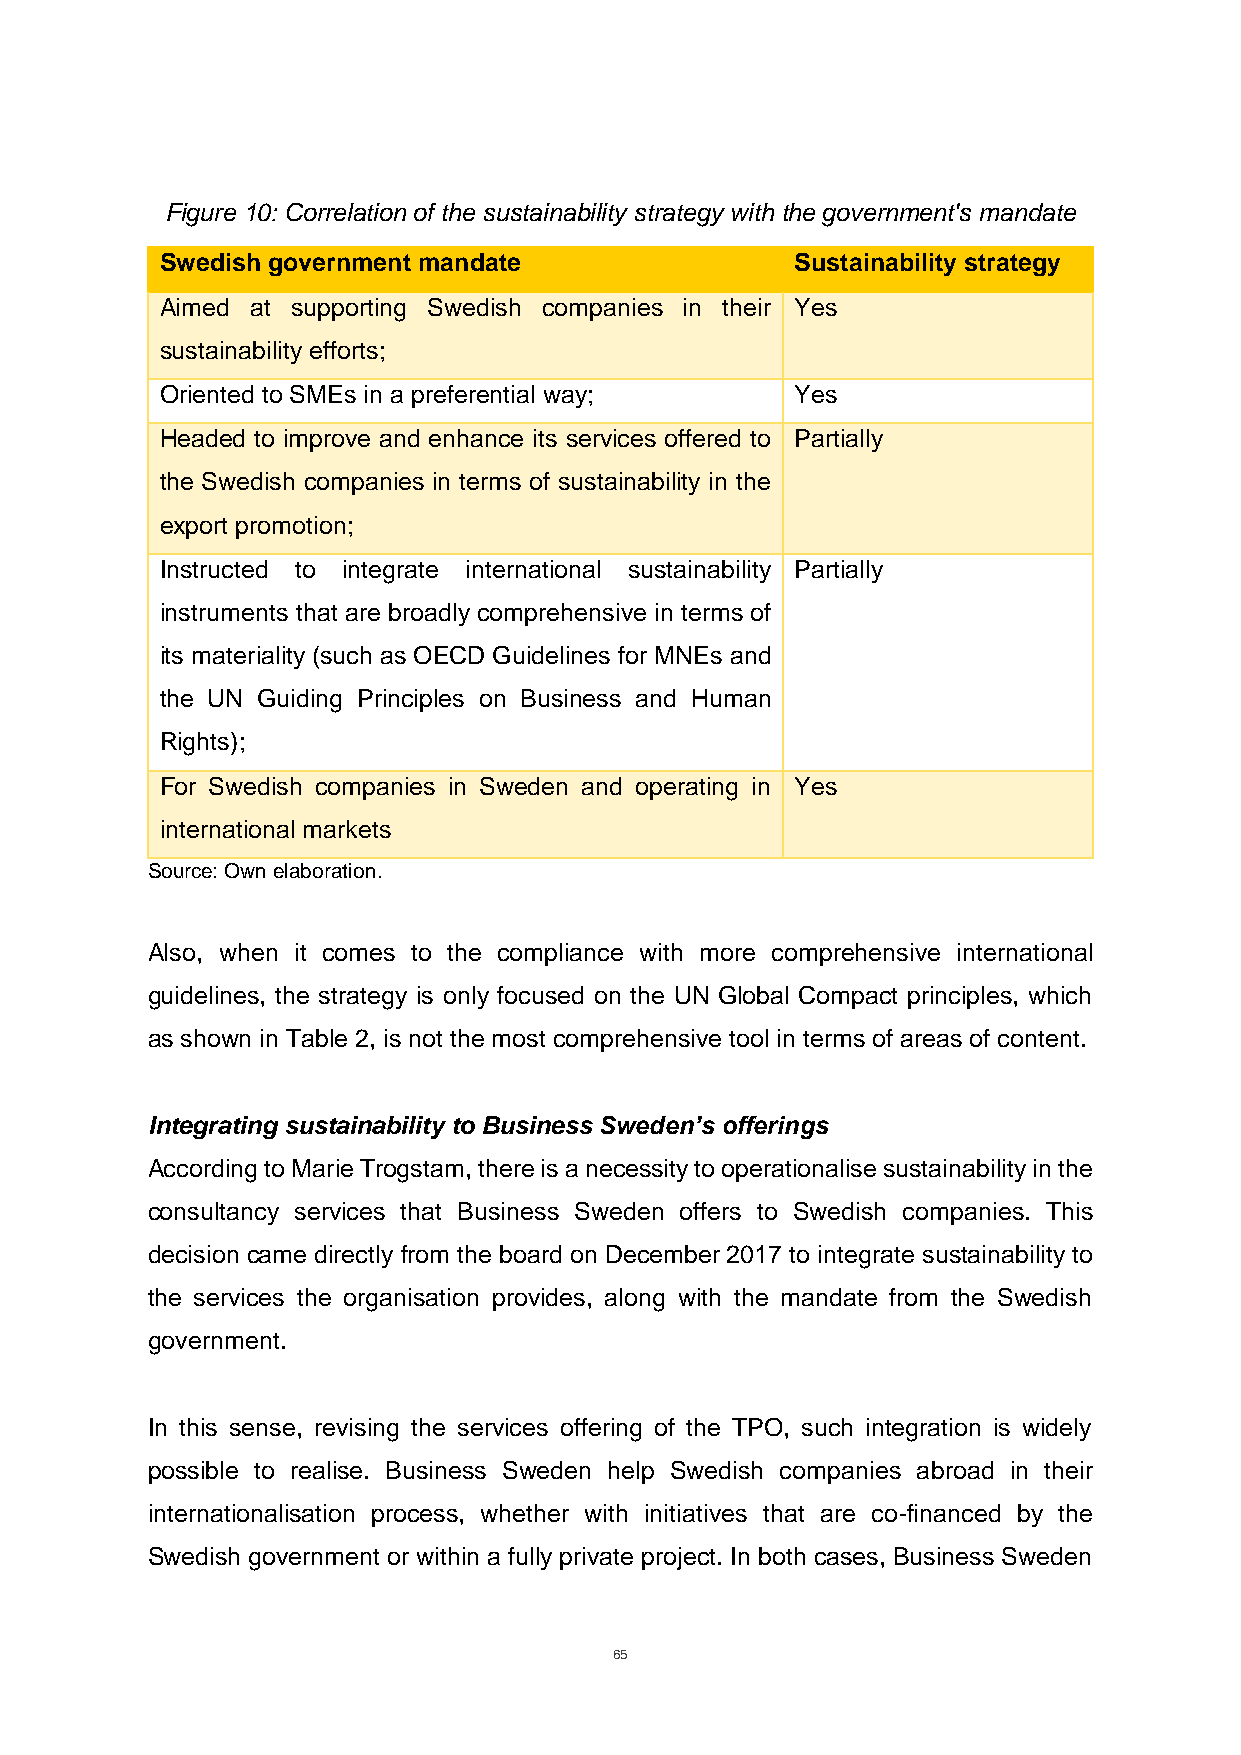
Figure 10: Correlation of the sustainability strategy with the government's mandate
 Swedish government mandate                Sustainability strategy
 Aimed at supporting Swedish companies in their Yes
 sustainability efforts;
 Oriented to SMEs in a preferential way;   Yes
 Headed to improve and enhance its services offered to Partially
 the Swedish companies in terms of sustainability in the
 export promotion;
 Instructed to integrate international sustainability Partially
 instruments that are broadly comprehensive in terms of
 its materiality (such as OECD Guidelines for MNEs and
 the UN Guiding Principles on Business and Human
 Rights);
 For Swedish companies in Sweden and operating in Yes
 international markets
 Source: Own elaboration.
 Also, when it comes to the compliance with more comprehensive international
 guidelines, the strategy is only focused on the UN Global Compact principles, which
 as shown in Table 2, is not the most comprehensive tool in terms of areas of content.
 Integrating sustainability to Business Sweden’s offerings
 According to Marie Trogstam, there is a necessity to operationalise sustainability in the
 consultancy services that Business Sweden offers to Swedish companies. This
 decision came directly from the board on December 2017 to integrate sustainability to
 the services the organisation provides, along with the mandate from the Swedish
 government.
 In this sense, revising the services offering of the TPO, such integration is widely
 possible to realise. Business Sweden help Swedish companies abroad in their
 internationalisation process, whether with initiatives that are co-financed by the
 Swedish government or within a fully private project. In both cases, Business Sweden
 65